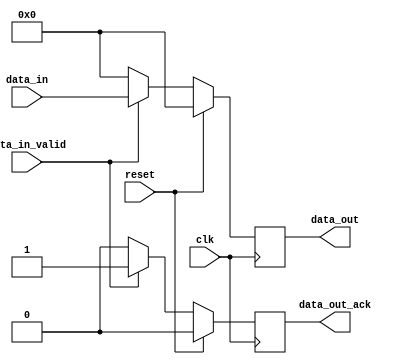
module switch_2 (
  clk,
  reset,
  data_in,
  data_in_valid,
  data_out,
  data_out_ack
);
input   clk;
input   reset;
input [7:0]  data_in;
input   data_in_valid;
output [7:0]  data_out;
output  data_out_ack;
reg [7:0]  data_out;
reg   data_out_ack;
always @ (posedge clk)
if (reset) begin
   data_out <= 0;
   data_out_ack <= 0;
end else if (data_in_valid) begin
   data_out <= data_in;
   data_out_ack <= 1;
end else begin
   data_out <= 0;
   data_out_ack <= 0;
end
endmodule